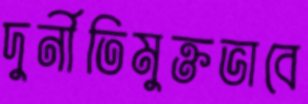
দুর্নীতিমুক্তভাবে